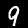
Label: 9